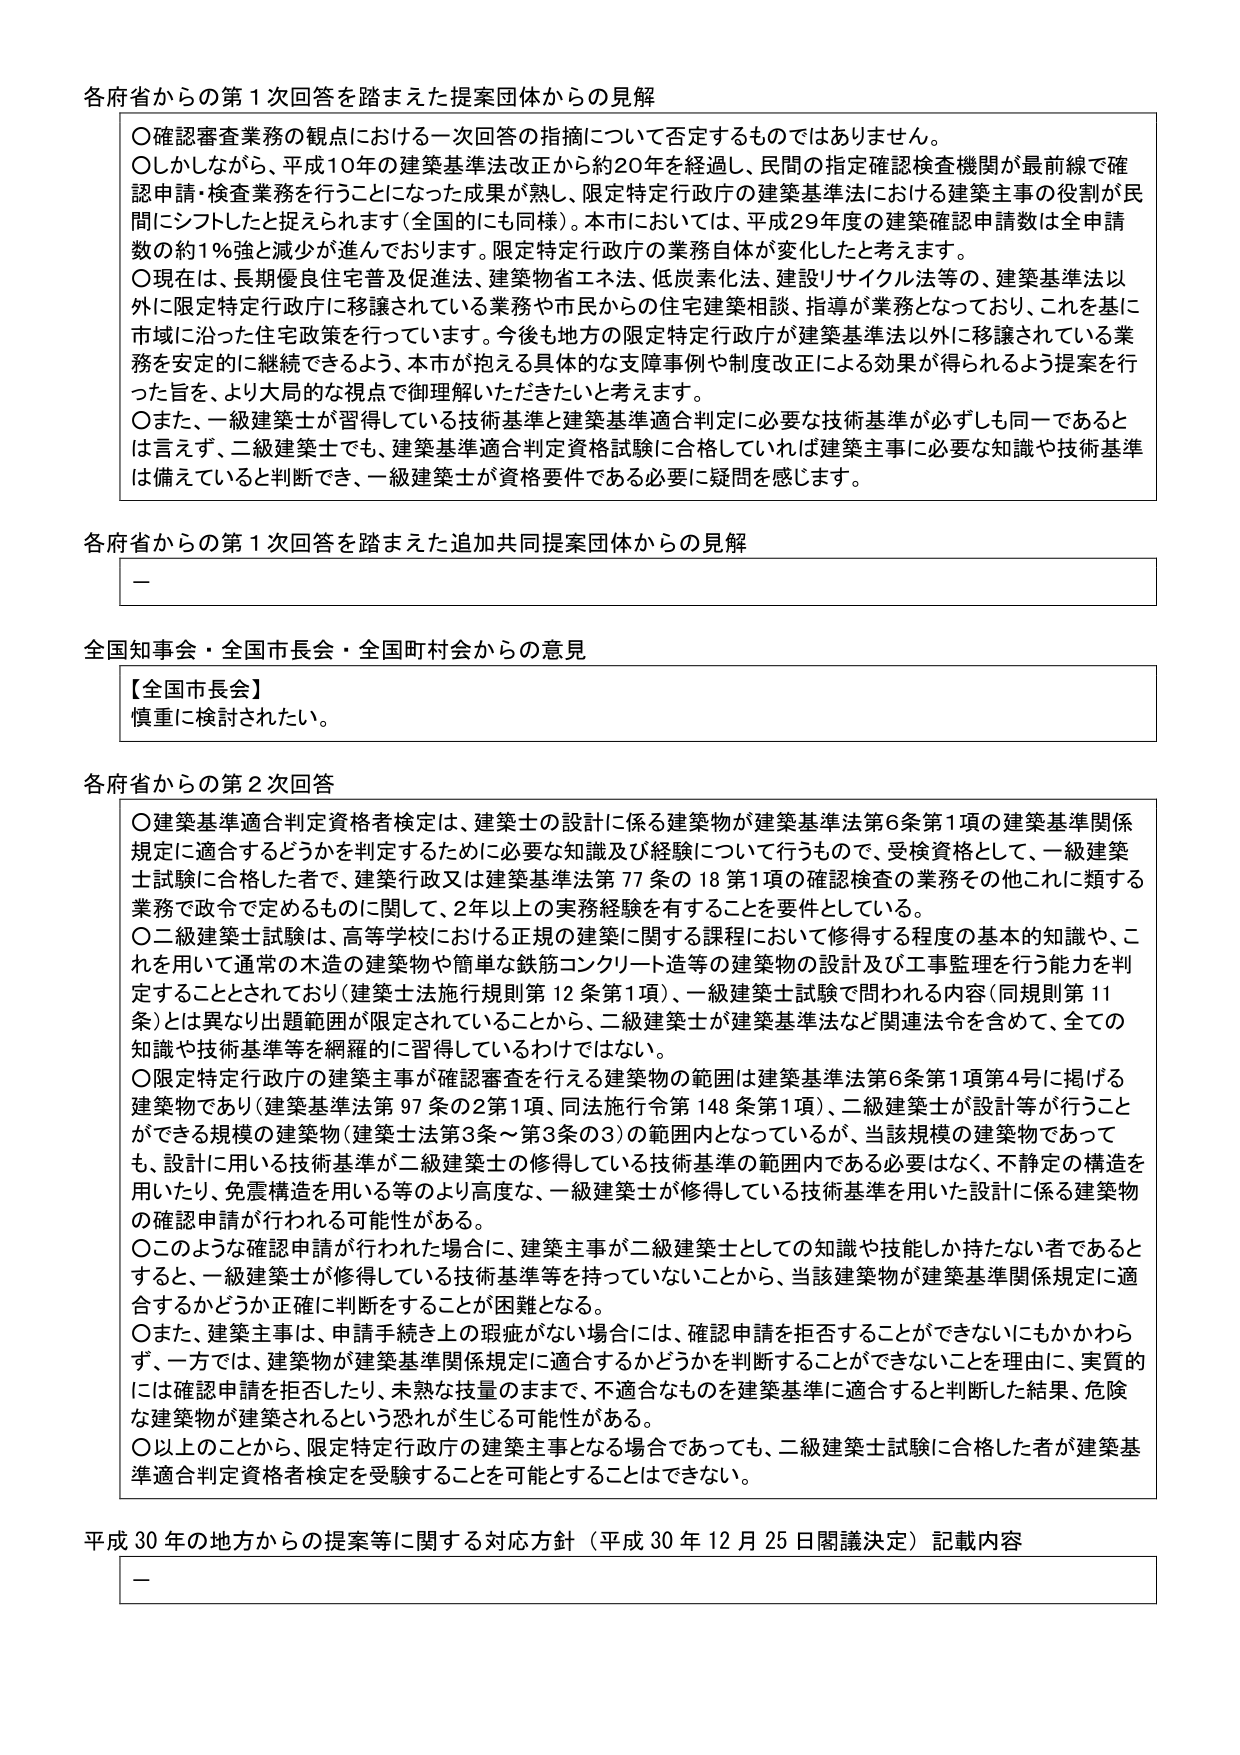
各府省からの第1次回答を踏まえた提案団体からの見解
○確認審査業務の観点における一次回答の指摘について否定するものではありません。
○しかしながら、平成10年の建築基準法改正から約20年を経過し、民間の指定確認検査機関が最前線で確認申請・検査業務を行うことになった成果が熟し、限定特定行政庁の建築基準法における建築主事の役割が民間にシフトしたと捉えられます（全国的にも同様）。本市においては、平成29年度の建築確認申請数は全申請数の約1％強と減少が進んでおります。限定特定行政庁の業務自体が変化したと考えます。
○現在は、長期優良住宅普及促進法、建築物省エネ法、低炭素化法、建設リサイクル法等の、建築基準法以外に限定特定行政庁に移譲されている業務や市民からの住宅建築相談、指導が業務となっており、これを基に市域に沿った住宅政策を行っています。今後も地方の限定特定行政庁が建築基準法以外に移譲されている業務を安定的に継続できるよう、本市が抱える具体的な支援事例や制度改正による効果が得られるよう提案を行った旨を、より大局的な視点で御理解いただきたいと考えます。
○また、一級建築士が習得している技術基準と建築基準適合判定に必要な技術基準が必ずしも同一であるとは言えず、二級建築士でも、建築基準適合判定資格試験に合格していれば建築主事に必要な知識や技術基準は備えていると判断でき、一級建築士が資格要件である必要に疑問を感じます。

各府省からの第1次回答を踏まえた追加共同提案団体からの見解
－

全国知事会・全国市長会・全国町村会からの意見
【全国市長会】
慎重に検討されたい。

各府省からの第2次回答
○建築基準適合判定資格者検定は、建築士の設計に係る建築物が建築基準法第6条第1項の建築基準関係規定に適合するかどうかを判定するために必要な知識及び経験について行うもので、受験資格として、一級建築士試験に合格した者で、建築行政又は建築基準法第77条の18第1項の確認検査の業務その他これに類する業務で政令で定めるものに関して、2年以上の実務経験を有することを要件としている。
○二級建築士試験は、高等学校における正規の建築に関する課程において修得する程度の基本的知識や、これを用いて通常の木造の建築物や簡単な鉄筋コンクリート造等の建築物の設計及び工事監理を行う能力を判定することとされており（建築士法施行規則第12条第1項）、一級建築士試験で問われる内容（同規則第11条）とは異なり出題範囲が限定されていることから、二級建築士が建築基準法など関連法令を含めて、全ての知識や技術基準等を網羅的に習得しているわけではない。
○限定特定行政庁の建築主事が確認審査を行える建築物の範囲は建築基準法第6条第1項第4号に掲げる建築物であり（建築基準法第97条の2第1項、同法施行令第148条第1項）、二級建築士が設計等が行うことができる規模の建築物（建築士法第3条～第3条の3）の範囲内となっているが、当該規模の建築物であっても、設計に用いる技術基準が二級建築士の修得している技術基準の範囲内である必要はなく、不静定の構造を用いたり、免震構造を用いる等のより高度な、一級建築士が修得している技術基準を用いた設計に係る建築物の確認申請が行われる可能性がある。
○このような確認申請が行われた場合に、建築主事が二級建築士としての知識や技能しか持たない者であるとすると、一級建築士が修得している技術基準等を持っていないことから、当該建築物が建築基準関係規定に適合するかどうか正確に判断をすることが困難となる。
○また、建築主事は、申請手続き上の瑕疵がない場合には、確認申請を拒否することができないにもかかわらず、一方では、建築物が建築基準関係規定に適合するかどうかを判断することができないことを理由に、実質的には確認申請を拒否したり、未熟な技量のままで、不適合なものを建築基準に適合すると判断した結果、危険な建築物が建築されるという恐れが生じる可能性がある。
○以上のことから、限定特定行政庁の建築主事となる場合であっても、二級建築士試験に合格した者が建築基準適合判定資格者検定を受験することを可能とすることはできない。

平成30年の地方からの提案等に関する対応方針（平成30年12月25日閣議決定）記載内容
－